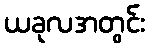
ယခုလအတွင်း